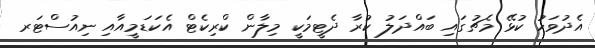
އެދުވަހު ކުޅޭ މެޗުގައި ބައްދަލު ކުރާ ދެޓީމަކީ މިލާން ކްރިކެޓް އެކަޑަމީއާއި ނިއުސްޓަރ